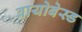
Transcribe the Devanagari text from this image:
बायोबेस्ड